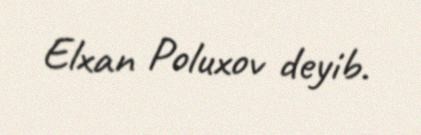
Elxan Poluxov deyib.